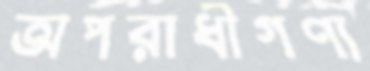
অপরাধীগণ্য